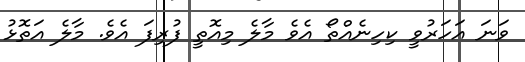
ވަނަ އަހަރުވީ ކިހިނެއްތޯ އެވެ މާލެ މިއޮތީ ފުރިފަ އެވެ. މާލެ އަތޮޅު